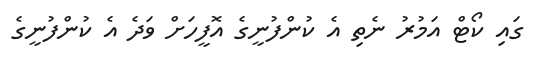
ގައި ކޯޓް އަމުރު ނެތި އެ ކުންފުނީގެ އޮފީހަށް ވަދެ އެ ކުންފުނީގެ